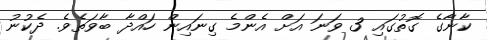
ކާނާގެ ގޮތުގައި 3 ވަނަ އަށް އެންމެ ގިނައިން ހައްދާ ބާވަތެވެ. ދެކުނު